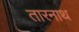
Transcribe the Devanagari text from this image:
तारनाथ